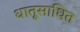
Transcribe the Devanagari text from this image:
धातूसाधित